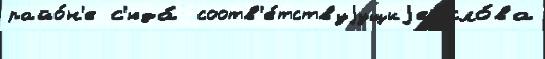
райо́н'е с'юда́ соотв'е́тствуjущиjе сло́ва